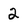
Character: 2